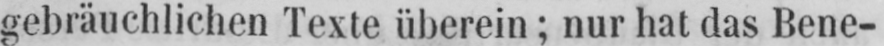
gebräuchlichen Texte überein; nur hat das Bene-